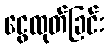
ငွေထုတ်ခြင်း